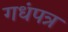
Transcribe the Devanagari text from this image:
गधंपत्र